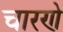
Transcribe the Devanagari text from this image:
चारणे